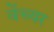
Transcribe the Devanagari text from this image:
वेंच्यर